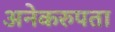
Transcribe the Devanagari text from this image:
अनेकरुपता